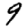
Digit: 9